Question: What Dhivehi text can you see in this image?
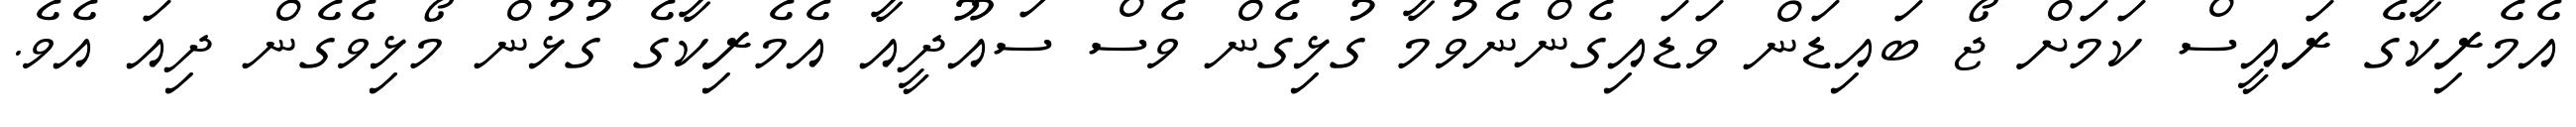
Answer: އެމެރިކާގެ ރައީސް ކަމަށް ޖޯ ބައިޑަން ވަޑައިގެންނެވުމާ ގުޅިގެން ވެސް ސައޫދީއާ އެމެރިކާގެ ގުޅުން މޯޅިވެގެން ދިއަ އެވެ.